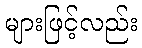
များဖြင့်လည်း